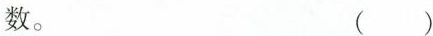
数。 ()